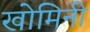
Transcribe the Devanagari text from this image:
खोमिनी